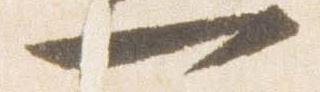
一